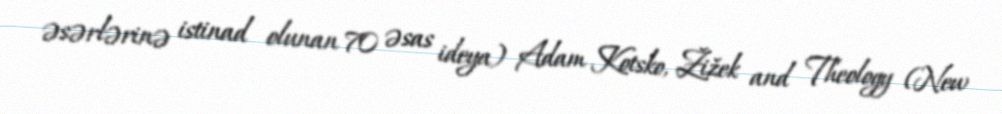
əsərlərinə istinad olunan 70 əsas ideya) Adam Kotsko, Žižek and Theology (New